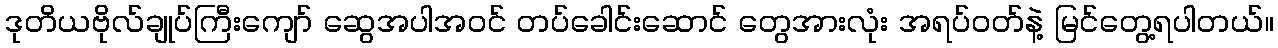
ဒုတိယဗိုလ်ချုပ်ကြီးကျော် ဆွေအပါအဝင် တပ်ခေါင်းဆောင် တွေအားလုံး အရပ်ဝတ်နဲ့ မြင်တွေ့ရပါတယ်။